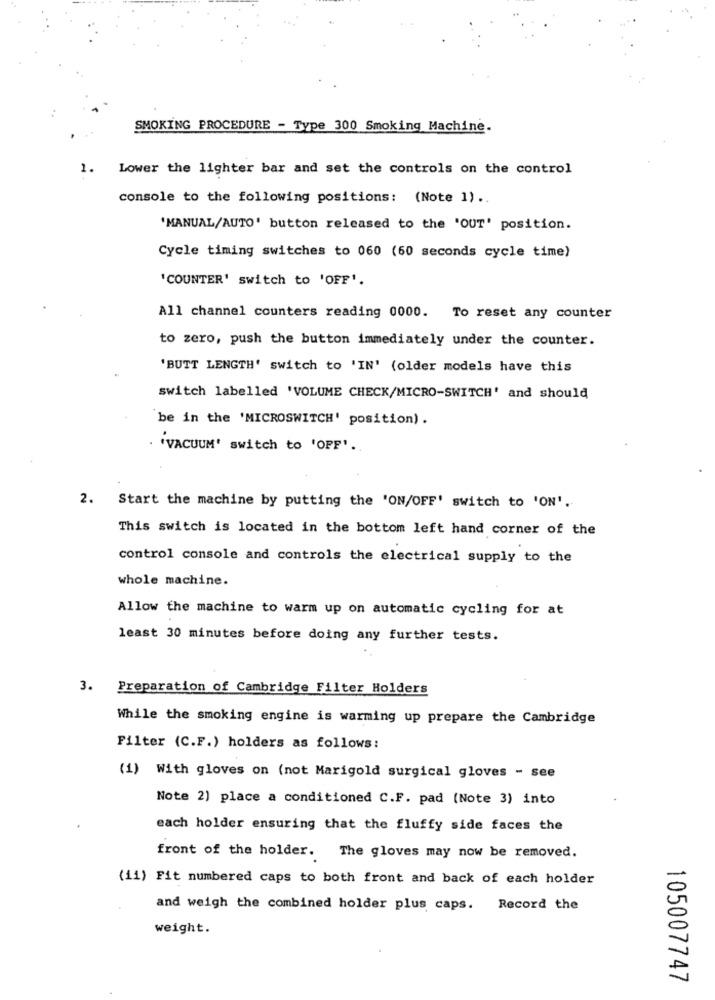
SMOKING PROCEDURE - Type 300 Smoking Machine.
1.
Lower the lighter bar and set the controls on the control
console to the following positions: (Note 1) ..
'MANUAL/AUTO' button released to the 'OUT' position.
Cycle timing switches to 060 (60 seconds cycle time)
'COUNTER' switch to 'OFF'.
All channel counters reading 0000. To reset any counter
to zero, push the button immediately under the counter.
'BUTT LENGTH' switch to 'IN' (older models have this
switch labelled 'VOLUME CHECK/MICRO-SWITCH' and should
be in the 'MICROSWITCH' position).
"VACUUM' switch to 'OPP'.
2. Start the machine by putting the "ON/OFF' switch to 'ON'.
This switch is located in the bottom left hand corner of the
control console and controls the electrical supply to the
whole machine.
Allow the machine to warm up on automatic cycling for at
least 30 minutes before doing any further tests.
3. Preparation of Cambridge Filter Holders
While the smoking engine is warming up prepare the Cambridge
Filter (C.F.) holders as follows:
(1) With gloves on (not Marigold surgical gloves - see
Note 2) place a conditioned C.F. pad (Note 3) into
each holder ensuring that the fluffy side faces the
front of the holder. The gloves may now be removed.
(ii) Fit numbered caps to both front and back of each holder
and weigh the combined holder plus caps. Record the
weight.
105007747